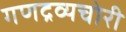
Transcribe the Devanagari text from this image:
गणद्रव्यचोरी